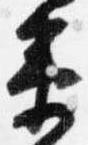
衛